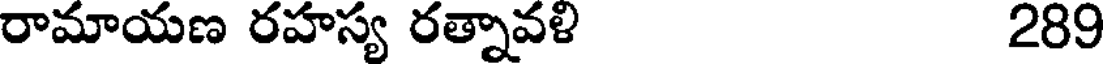
రామాయణ రహస్య రత్నావళి 289